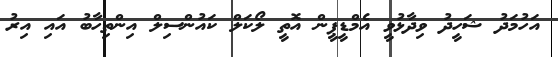
އަހުމަދު ޝަހީދު ވިދާޅުވީ އެމްޑީޕީން އޮތީ ލޯކަލް ކައުންސިލް އިންތިހާބު އައި އިރު